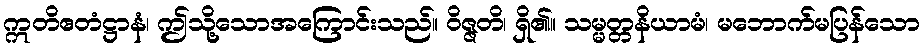
ဣတိဧတံဋ္ဌာနံ၊ ဤသို့သောအကြောင်းသည်။ ဝိဇ္ဇတိ၊ ရှိ၏။ သမ္မတ္တနိယာမံ၊ မဘောက်မပြန်သော